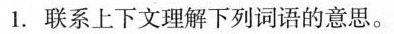
1.联系上下文理解下列词语的意思。